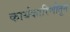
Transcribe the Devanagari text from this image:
कार्यकारिणीतून